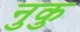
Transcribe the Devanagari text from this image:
नुकु